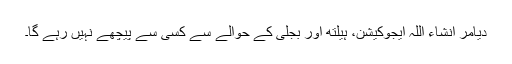
دیامر انشاء اللہ ایجوکیشن، ہیلتھ اور بجلی کے حوالے سے کسی سے پیچھے نہیں رہے گا۔